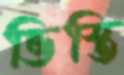
ভিস্তি